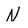
Character: N